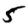
Digit: 5